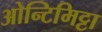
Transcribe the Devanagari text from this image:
ओन्टिमिट्टा